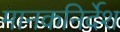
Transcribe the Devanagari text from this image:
मानकनिर्देश